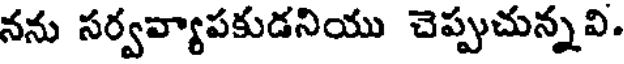
నను సర్వవ్యాపకుడనియు చెప్పుచున్నవి.